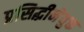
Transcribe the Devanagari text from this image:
प्रसिद्धीनेयुक्त